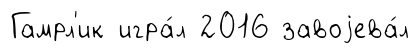
Гамрл'ик игра́л 2016 завоjева́л